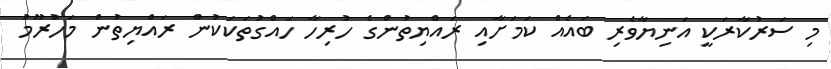
މި ސަރުކާރަކީ އަނިޔާވެރި ބައެއް ކަމަށާއި ރައްޔިތުންގެ ހުރިހާ ހައްގުތަކަކުން ރައްޔިތުން މަހުރޫމު